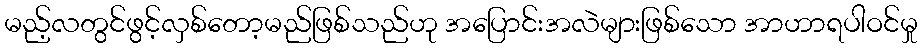
မည့်လတွင်ဖွင့်လှစ်တော့မည်ဖြစ်သည်ဟု အပြောင်းအလဲများဖြစ်သော အာဟာရပါဝင်မှု